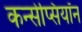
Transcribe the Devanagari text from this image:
कन्सेप्सियॉन